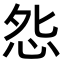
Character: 𭜥